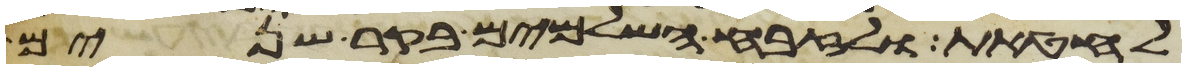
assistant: לחטאת ולזבח השלמים בקר שנים